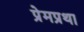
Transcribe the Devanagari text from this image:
प्रेमप्रथा